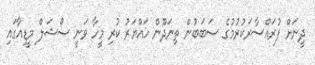
ދީނަށް ފުރައްސާރަކުރުމުގެ ސަބަބުން ތިނަދޫން ހައްޔަރު ކުރި މީހާ ވަނީ ސޯޝަލް މީޑިއާގައި